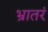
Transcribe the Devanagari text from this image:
भ्रातरं